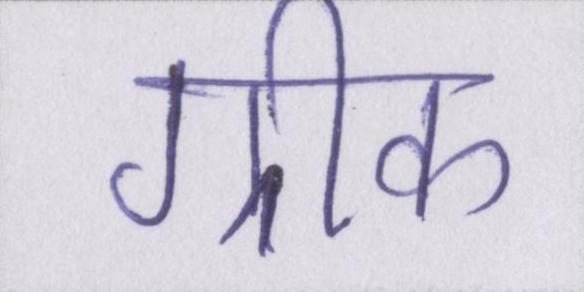
ग्रीक